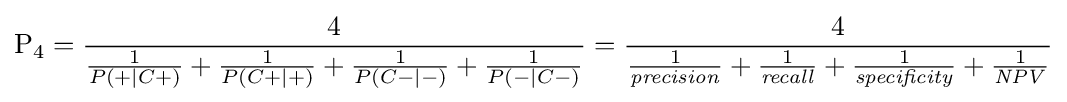
\mathrm {P} _{4}={\frac {4}{{\frac {1}{P(+\mid C{+})}}+{\frac {1}{P(C{+}\mid +)}}+{\frac {1}{P(C{-}\mid -)}}+{\frac {1}{P(-\mid C{-})}}}}={\frac {4}{{\frac {1}{\mathit {precision}}}+{\frac {1}{\mathit {recall}}}+{\frac {1}{\mathit {specificity}}}+{\frac {1}{\mathit {NPV}}}}}